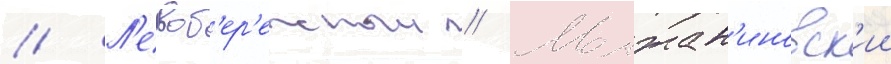
// Л'евоб'ер'ежныи // Молжан'иновск'ии